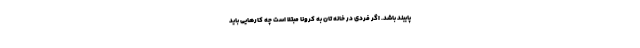
پایبند باشد. اگر فردی در خانه تان به کرونا مبتلا است چه کارهایی باید